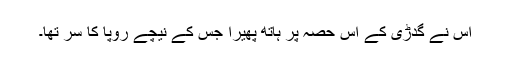
اس نے گدڑی کے اس حصّہ پر ہاتھ پھیرا جس کے نیچے رُوپا کا سر تھا۔